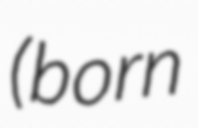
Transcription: (born